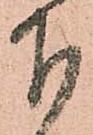
下